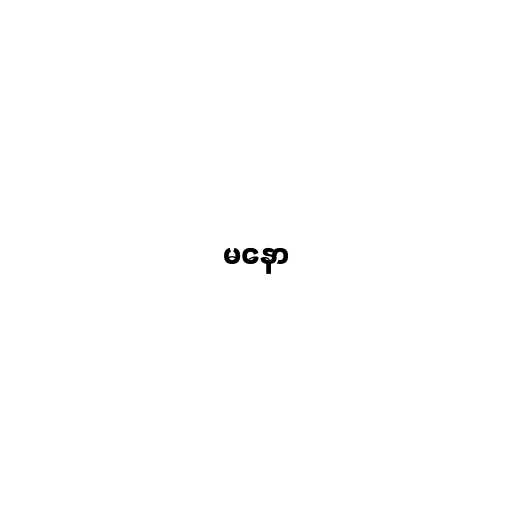
မနော